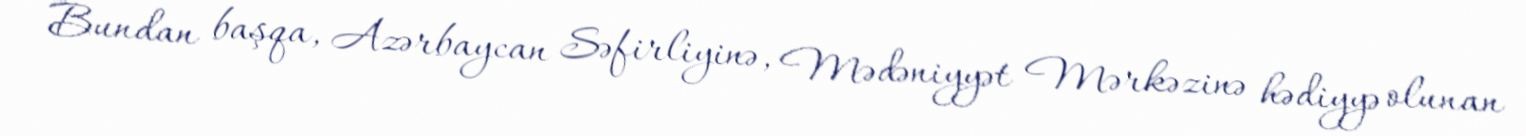
Bundan başqa, Azərbaycan Səfirliyinə, Mədəniyyət Mərkəzinə hədiyyə olunan